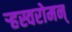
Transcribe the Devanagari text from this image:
र्‍हस्वरोमन्